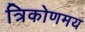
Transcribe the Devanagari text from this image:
त्रिकोणमय